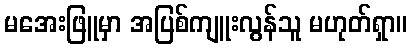
မအေးဖြူမှာ အပြစ်ကျူးလွန်သူ မဟုတ်ရှာ။